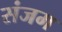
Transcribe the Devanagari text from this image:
संजम